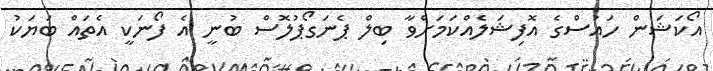
އޯކަޝަން ހައުސްގެ އޮފިޝަލެއްކަމަށްވާ ބިލް ޕެނަގޯޕުލޮސް ބުނީ އެ ފޯނަކީ އެތައް ބަޔަކު